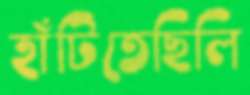
হাঁটিতেছিলি